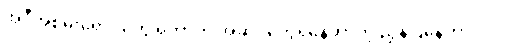
အဲဒီအစိမ်းရောင်တွေ ရှိတာက အဆိပ်တွေရှိနေတာကို ညွှန်ပြနေတာပါပဲ။